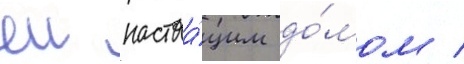
еи настоа́щим до́мом /